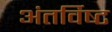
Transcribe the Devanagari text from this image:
अंतर्विष्‍ट